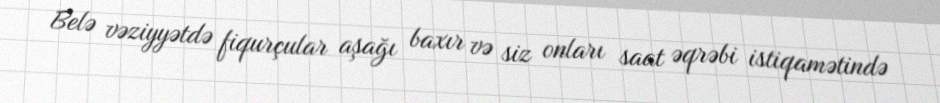
Belə vəziyyətdə fiqurçular aşağı baxır və siz onları saat əqrəbi istiqamətində